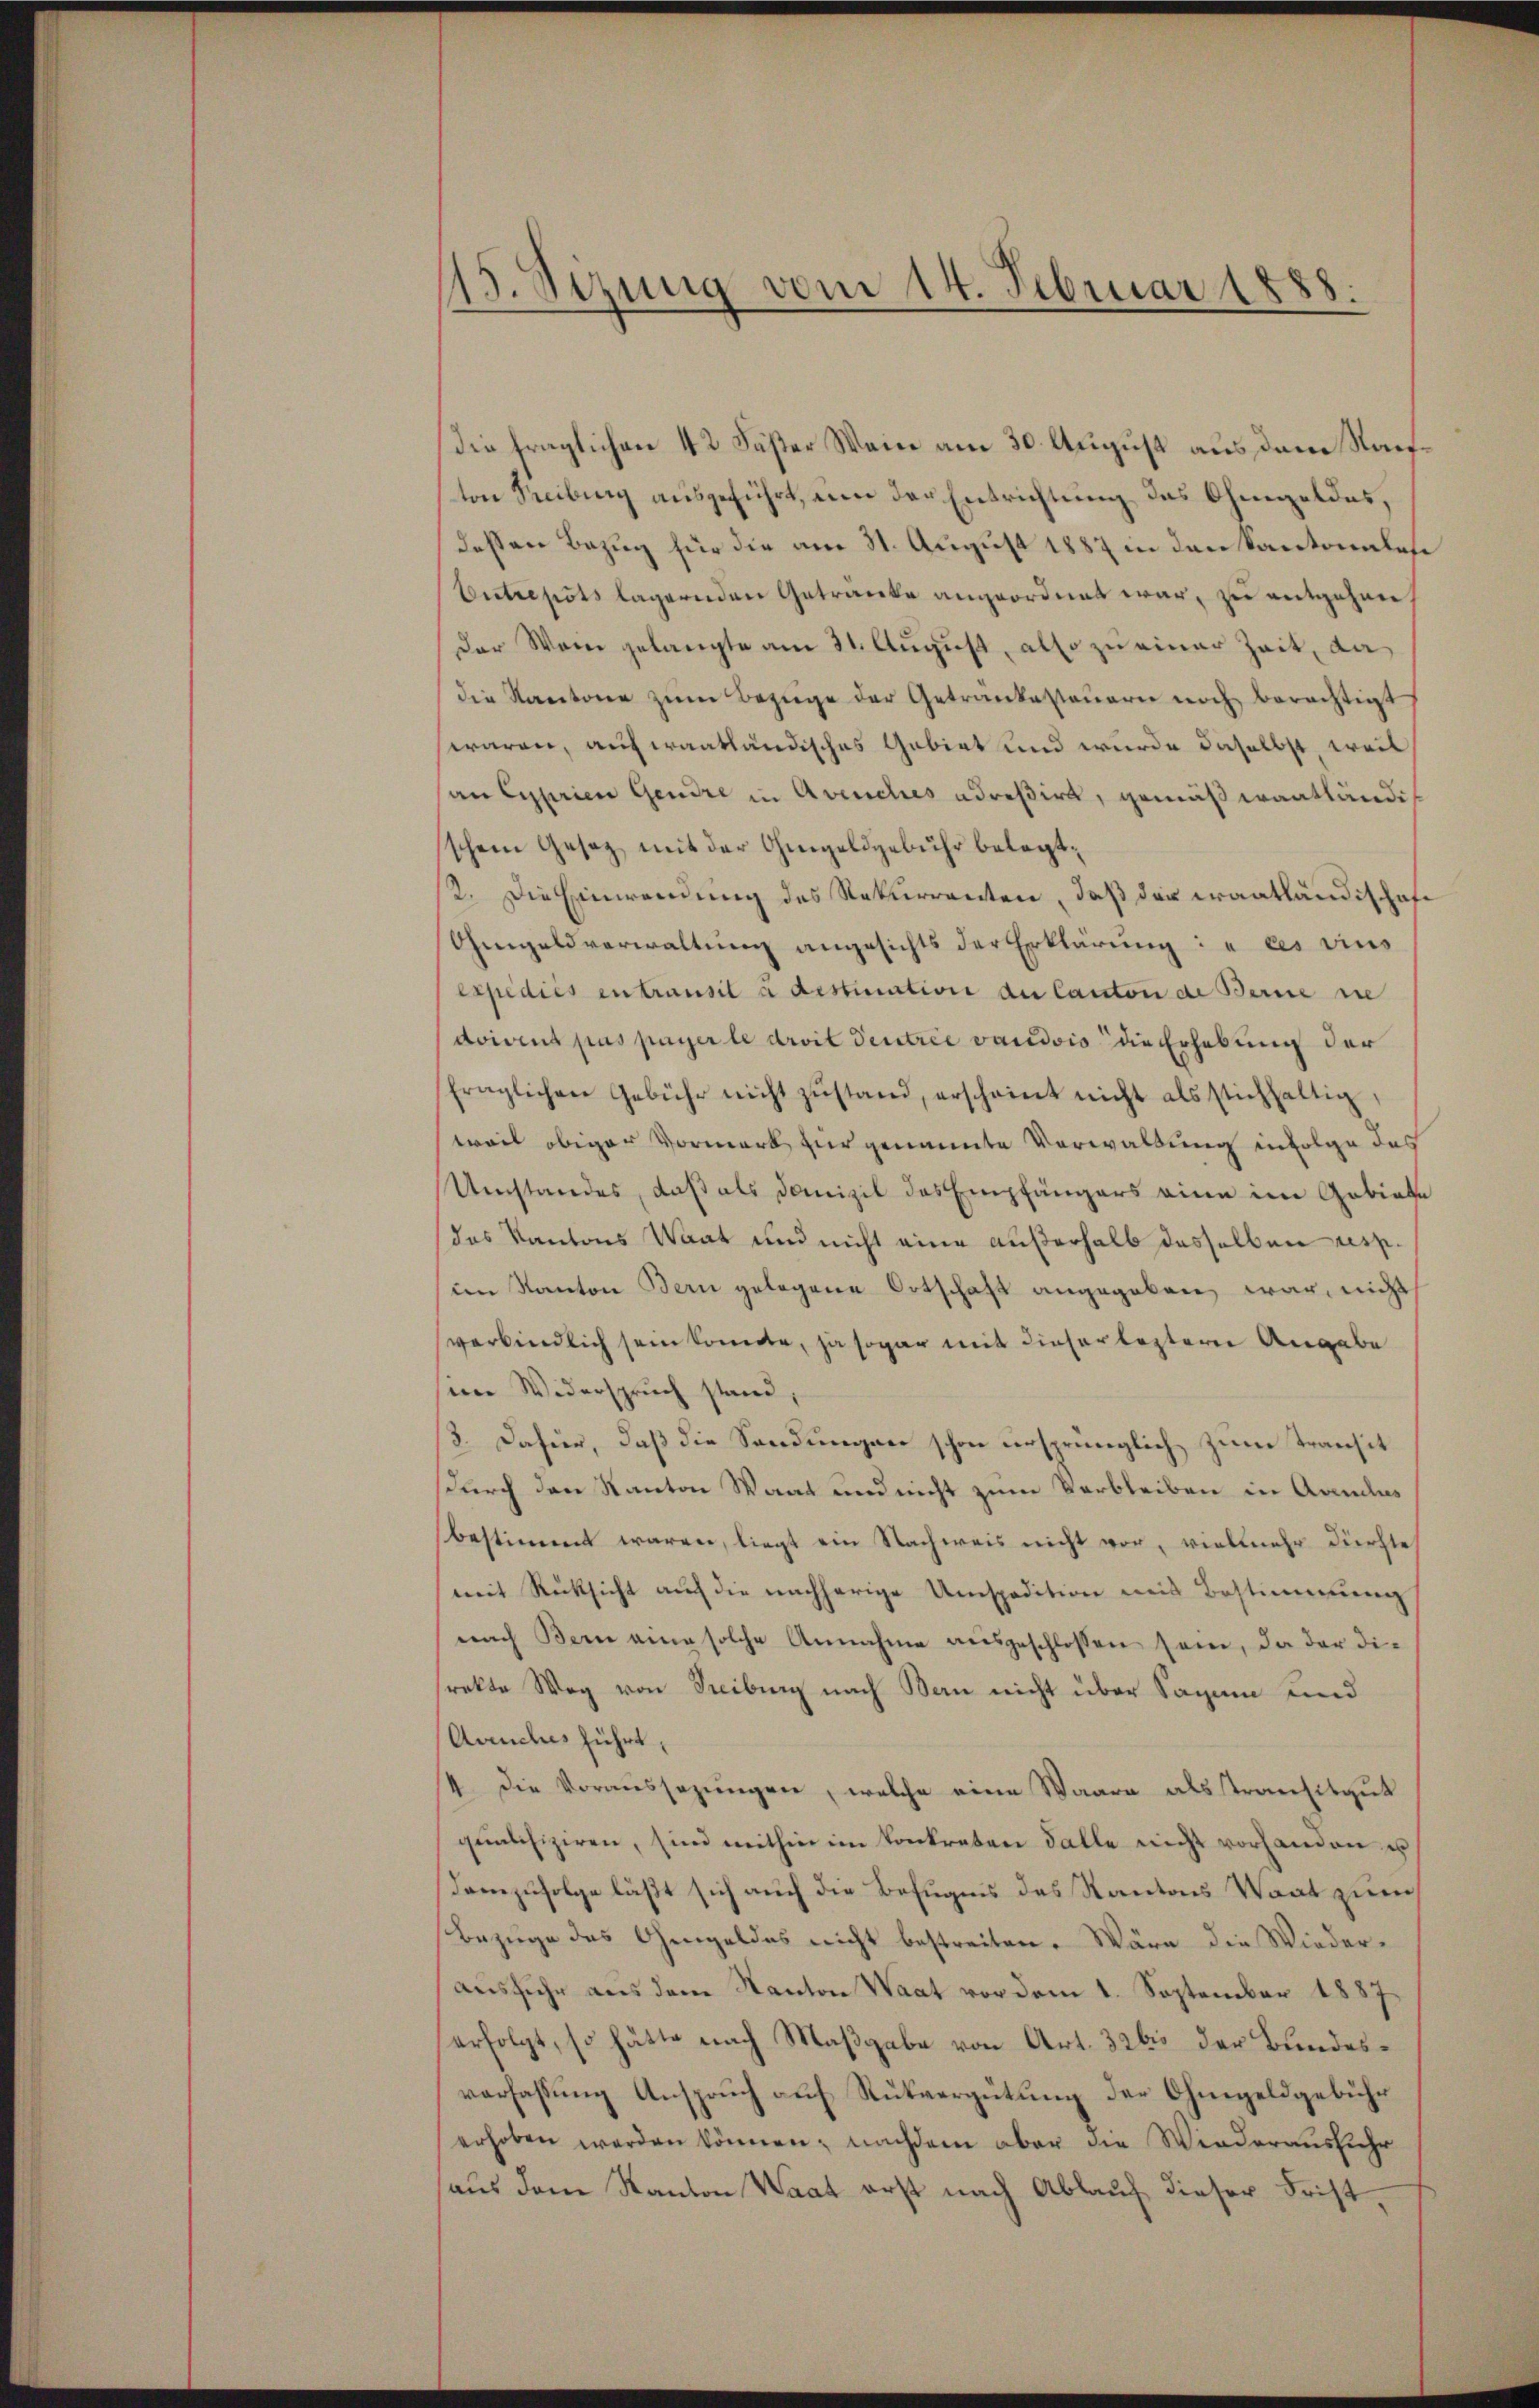
15. Sizung vom 14. Februar 188.
.

die fraglichen 42 Fäßer Wein am 30. August aus dem Nachton Treiburg ausgeführt, um der Entrichtung des Ohmgeldes,
dessen Bezug für die am 31. August 1887 in den Kantonales
Entrepots lagernden Getranke angeordnet war, zu entgehen,
der Wein gelangte am 31. August, also zu einer Zeit, da
die Kantone zŭm Bezüge der Getrankesteuern noch berechtigt
waren, auf wantländisches Gabirt und wurde daselbst, weil
an Cyprien Gendre in Avenches adreßirt, gemäß wantländischem Gesetz mit der Ohmgeldgebühr belegt.
/12. Die Einwendung des Rekurrenten, daß der Krantländischaft
Omgeld verwaltung angesichts der Erklärung: „les ains
expédiés entransil u distination de Canton de Berne sie
doivent pas payer le droit dentrie vaudois die Erhebung der
sfraglichen Gebühr nicht zŭstand, erscheint nicht als stichhaltig,
weil obiger Vormerk zur genannte Verwaltung infolge das
Umstandes, daß als Domizil des Empfängers eine im Gebiete
des Kantons Waat und nicht eine außerhalb dasselben resp.
im Kanton Bern gelegene Ortschaft angegeben war, nicht
verbindlich sein konnte, ja sogar mit dieser leztere Angabe
sein Widerspruch stand,
8. Dafür, daß die Sandungen schon ursprünglich zum Transit
durch den Kanton Waat und nicht zum Verbleiben in Aaulus
bestimmt waren, liegt ein Nachweis nicht vor, vielmehr dürfte
mit Rücksicht aŭf die nachherige Umspedition mit Bestimmung
nach Bern eine solche Annahme aŭsgeschlossen sein, da der die
srekte Weg von Freiburg nach Bern nicht über Sagen und
Acches führt,
4. die Voraussezungen, welche eine Waare als transitgut
qualifiziren, sind mithin im konkreten Falle nicht vorhanden u
Demzufolge läßt sich auch die Befugnis des Kantons Vogt zum
Bezuge des Gengeldes nicht bestreiten. Wäre die Wiederausfuhr aus dem Kanton Waat vor dem 1. September 1887
erfolgt, so hätte nach Maßgabe von Art. 326 der Bundesverfassŭng Ansprŭch aŭf Rückvergütŭng der Ohnegeldgebühr
erhoben werden können; nachdem aber die Wiederausfuhr
aus dem Kanton Waat erst nach Ablauf dieser Frist¬